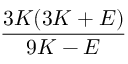
\frac { 3 K ( 3 K + E ) } { 9 K - E }